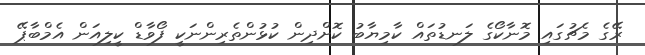
ރޭގެ މެޗުގައި މޮނާކޯގެ ލަނޑުތައް ކާމިޔާބު ކޮށްދިން ކުޅުންތެރިންނަކީ ފޯވާޑް ކީލިއަން އެމްބާޕޭ